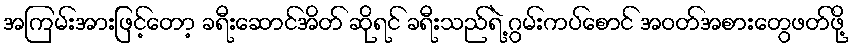
အကြမ်းအားဖြင့်တော့ ခရီးဆောင်အိတ် ဆိုရင် ခရီးသည်ရဲ့ ဂွမ်းကပ်စောင် အဝတ်အစားတွေဖတ်ဖို့